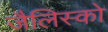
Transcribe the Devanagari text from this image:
जैलिस्को